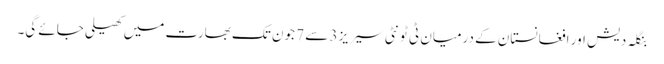
بنگلہ دیش اور افغانستان کے درمیان ٹی ٹونٹی سیریز 3 سے 7 جون تک بھارت میں کھیلی جائے گی۔